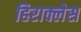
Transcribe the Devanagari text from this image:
हिराक्लेस